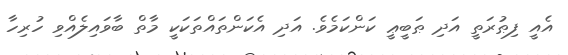
އެއީ ފިޠުރަތީ އަދި ޠަބީޢީ ކަންކަމެވެ. އަދި އެކަންތައްތަކަކީ މާތް ބާވައިލެއްވި ހުރިހާ